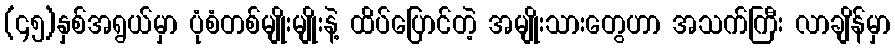
(၄၅)နှစ်အရွယ်မှာ ပုံစံတစ်မျိုးမျိုးနဲ့ ထိပ်ပြောင်တဲ့ အမျိုးသားတွေဟာ အသက်ကြီး လာချိန်မှာ